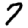
Digit: 7